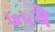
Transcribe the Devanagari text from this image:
७५वे